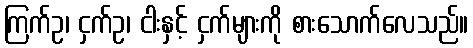
ကြက်ဥ၊ ငှက်ဥ၊ ငါးနှင့် ငှက်များကို စားသောက်လေသည်။